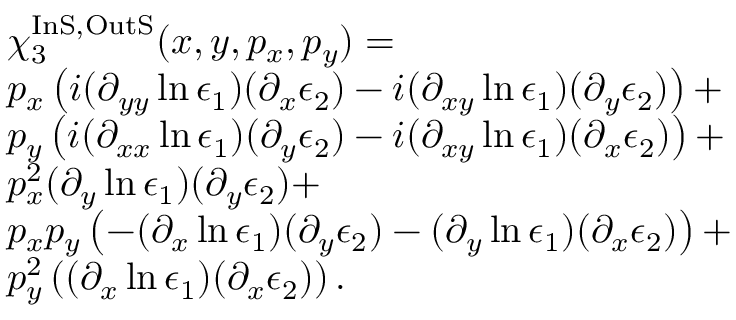
\begin{array} { r l } & { \chi _ { 3 } ^ { \mathrm { I n S , O u t S } } ( x , y , p _ { x } , p _ { y } ) = } \\ & { p _ { x } \left( i ( \partial _ { y y } \ln \epsilon _ { 1 } ) ( \partial _ { x } \epsilon _ { 2 } ) - i ( \partial _ { x y } \ln \epsilon _ { 1 } ) ( \partial _ { y } \epsilon _ { 2 } ) \right) + } \\ & { p _ { y } \left( i ( \partial _ { x x } \ln \epsilon _ { 1 } ) ( \partial _ { y } \epsilon _ { 2 } ) - i ( \partial _ { x y } \ln \epsilon _ { 1 } ) ( \partial _ { x } \epsilon _ { 2 } ) \right) + } \\ & { p _ { x } ^ { 2 } ( \partial _ { y } \ln \epsilon _ { 1 } ) ( \partial _ { y } \epsilon _ { 2 } ) + } \\ & { p _ { x } p _ { y } \left( - ( \partial _ { x } \ln \epsilon _ { 1 } ) ( \partial _ { y } \epsilon _ { 2 } ) - ( \partial _ { y } \ln \epsilon _ { 1 } ) ( \partial _ { x } \epsilon _ { 2 } ) \right) + } \\ & { p _ { y } ^ { 2 } \left( ( \partial _ { x } \ln \epsilon _ { 1 } ) ( \partial _ { x } \epsilon _ { 2 } ) \right) . } \end{array}